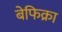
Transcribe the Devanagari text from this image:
बेफिक्रा